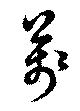
萬